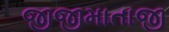
જીજીમાતાજી